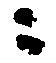
ニ